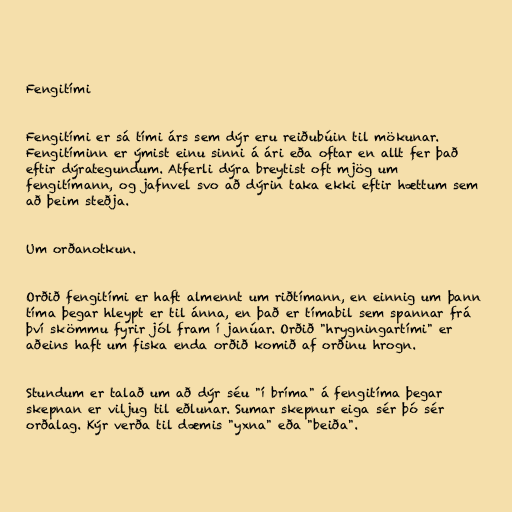
Fengitími

Fengitími er sá tími árs sem dýr eru reiðubúin til mökunar.
Fengitíminn er ýmist einu sinni á ári eða oftar en allt fer það
eftir dýrategundum. Atferli dýra breytist oft mjög um
fengitímann, og jafnvel svo að dýrin taka ekki eftir hættum sem
að þeim steðja.

Um orðanotkun.

Orðið fengitími er haft almennt um riðtímann, en einnig um þann
tíma þegar hleypt er til ánna, en það er tímabil sem spannar frá
því skömmu fyrir jól fram í janúar. Orðið "hrygningartími" er
aðeins haft um fiska enda orðið komið af orðinu hrogn.

Stundum er talað um að dýr séu "í bríma" á fengitíma þegar
skepnan er viljug til eðlunar. Sumar skepnur eiga sér þó sér
orðalag. Kýr verða til dæmis "yxna" eða "beiða".